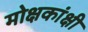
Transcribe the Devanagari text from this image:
मोक्षकांक्षी